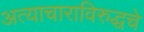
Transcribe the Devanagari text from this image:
अत्याचाराविरुद्धचे